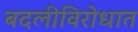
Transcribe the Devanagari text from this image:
बदलीविरोधात